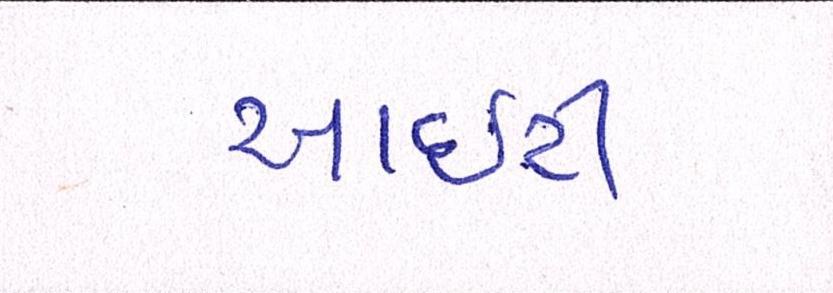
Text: આઇટી